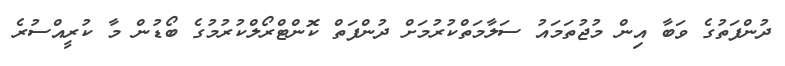
ދުންފަތުގެ ވަބާ އިން މުޖުތަމައު ސަލާމަތްކުރުމަށް ދުންފަތް ކޮންޓްރޯލްކުރުމުގެ ބޯޑުން މާ ކުރީއްސުރެ